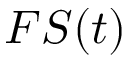
F S ( t )